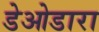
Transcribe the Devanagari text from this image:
डेओडारा